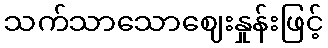
သက်သာသောဈေးနှုန်းဖြင့်